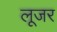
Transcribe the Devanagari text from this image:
लूजर